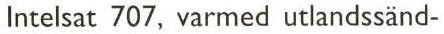
Intelsat 707, varmed utlandssänd-